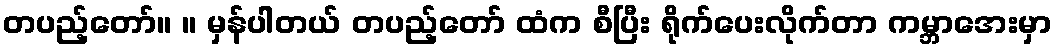
တပည့်တော်။ ။ မှန်ပါတယ် တပည့်တော် ထံက စီပြီး ရိုက်ပေးလိုက်တာ ကမ္ဘာအေးမှာ